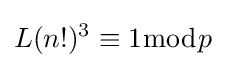
L(n!)^{3}\equiv 1{\bmod {p}}